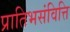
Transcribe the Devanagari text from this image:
प्रातिभसंवित्ति